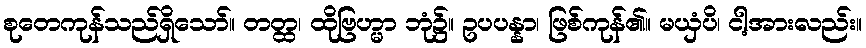
စုတေကုန်သည်ရှိသော်။ တတ္ထ၊ ထိုဗြဟ္မာ ဘုံ၌။ ဥပပန္နာ၊ ဖြစ်ကုန်၏။ မယှံပိ၊ ငါ့အားလည်း။